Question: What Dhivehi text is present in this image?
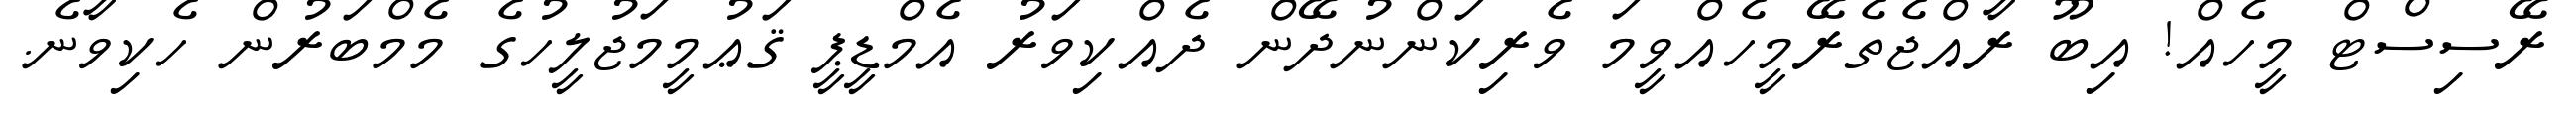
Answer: ރޭސިސްޓް މީހެއް! އިބޫ ރާއްޖެތެރޭމީހެއްވީމަ ވެރިކަންނުދޭން ދެއްކިވަރު އެމްޑީޕީ ޤަޢުމީމަޖުލީހުގެ މެމްބަރުން ހެކިވާނެ.